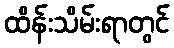
ထိန်းသိမ်းရာတွင်